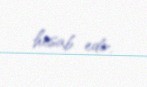
hesab edir.